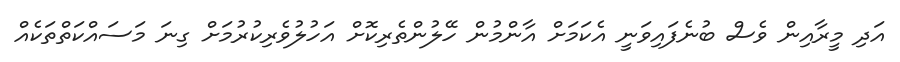
އަދި މީރާއިން ވެސް ބުނެފައިވަނީ އެކަމަށް އާންމުން ހޭލުންތެރިކޮށް އަހުލުވެރިކުރުމަށް ގިނަ މަސައްކަތްތަކެއް